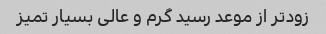
زودتر از موعد رسید گرم و عالی بسیار تمیز